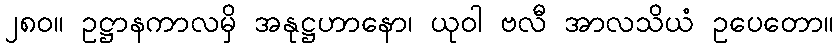
၂၈၀။ ဥဋ္ဌာနကာလမှိ အနုဋ္ဌဟာနော၊ ယုဝါ ဗလီ အာလသိယံ ဥပေတော။